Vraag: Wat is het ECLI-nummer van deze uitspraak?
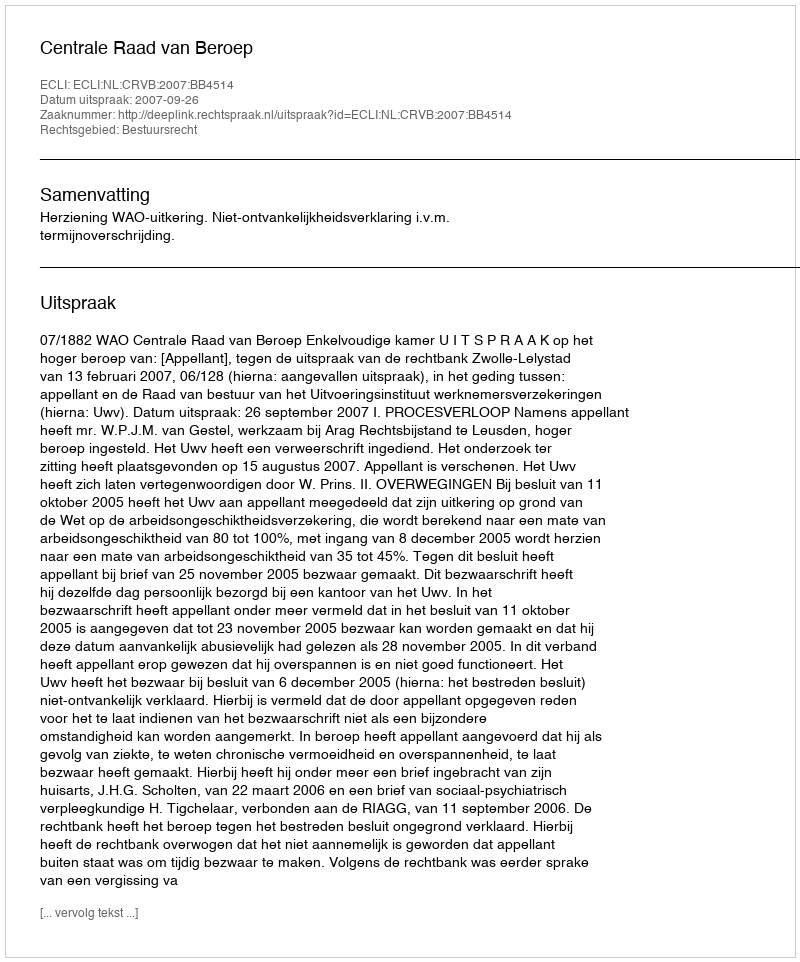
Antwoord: ECLI:NL:CRVB:2007:BB4514